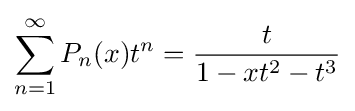
\sum _{n=1}^{\infty }P_{n}(x)t^{n}={\frac {t}{1-xt^{2}-t^{3}}}